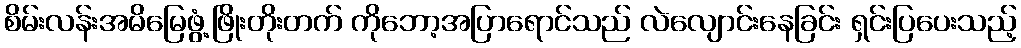
စိမ်းလန်းအမိမြေဖွံ့ဖြိုးတိုးတက် ကိုဘော့အပြာရောင်သည် လဲလျောင်းနေခြင်း ရှင်းပြပေးသည့်